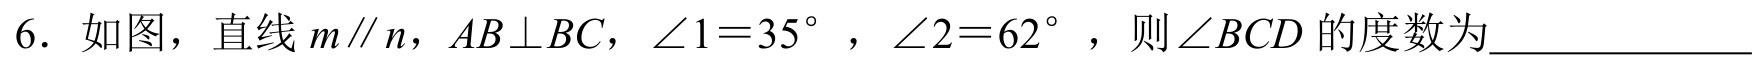
6. 如图，直线\(m\parallel n\)，\(AB\perp BC\)，\(\angle 1 = 35^{\circ}\)，\(\angle 2 = 62^{\circ}\)，则\(\angle BCD\)的度数为____________